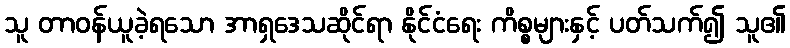
သူ တာဝန်ယူခဲ့ရသော အာရှဒေသဆိုင်ရာ နိုင်ငံရေး ကိစ္စများနှင့် ပတ်သက်၍ သူ၏